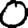
Digit: 0